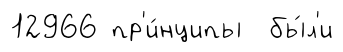
12966 пр'и́нципы бы́л'и